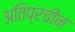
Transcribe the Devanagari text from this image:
अतिप्रचीन